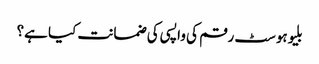
بلیوہوسٹ رقم کی واپسی کی ضمانت کیا ہے؟